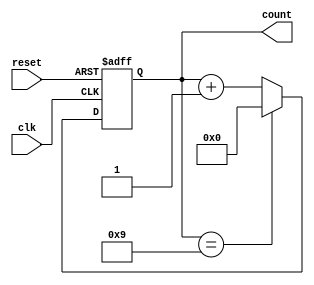
module decade_counter (
    input wire clk,        // Clock input
    input wire reset,      // Asynchronous reset input
    output reg [3:0] count // 4-bit output for the counter
);

// Always block triggered on the clock edge
always @(posedge clk or posedge reset) begin
    if (reset) begin
        count <= 4'b0000; // Reset the counter to 0
    end else begin
        if (count == 4'b1001) begin
            count <= 4'b0000; // Reset to 0 after reaching 9
        end else begin
            count <= count + 1; // Increment the counter
        end
    end
end

endmodule